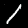
Digit: 1